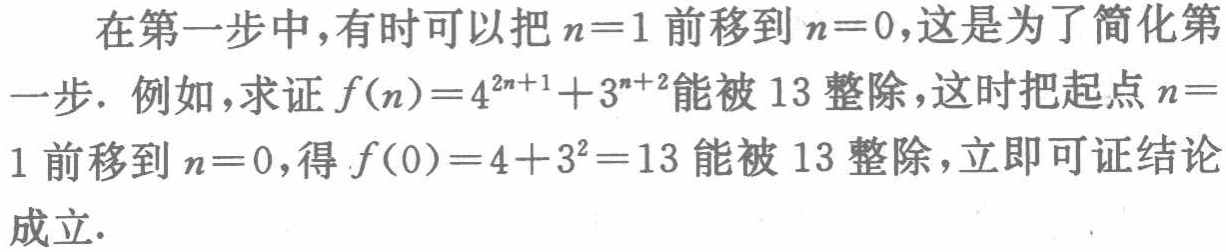
在第一步中,有时可以把\(n = 1\)前移到\(n = 0\),这是为了简化第一步. 例如,求证\(f(n)=4^{2n + 1}+3^{n + 2}\)能被\(13\)整除,这时把起点\(n = 1\)前移到\(n = 0\),得\(f(0)=4 + 3^{2}=13\)能被\(13\)整除,立即可证结论成立.